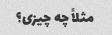
مثلاً چه چیزی؟